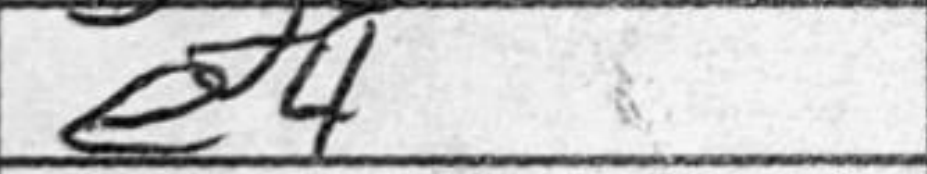
Transcription: e4